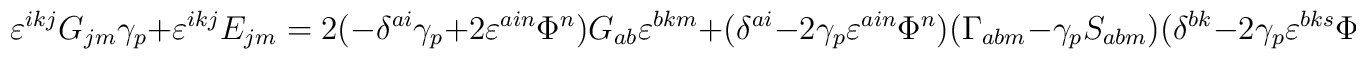
\varepsilon^{ikj} G_{jm} \gamma_p +  \varepsilon^{ikj} E_{jm} =2  (-\delta^{ai}\gamma_p +2 \varepsilon^{ain}\Phi^n) G_{ab} \varepsilon^{bkm} +(\delta^{ai}-2\gamma_p \varepsilon^{ain}\Phi^n) (\Gamma_{abm}-\gamma_p S_{abm})(\delta^{bk}-2 \gamma_p \varepsilon^{bks}\Phi^s),